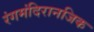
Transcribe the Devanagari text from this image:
रंगमंदिरानजिक